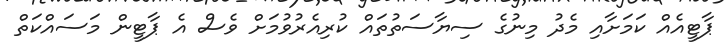
ޕާޓީއެއް ކަމަށާއި މެދު މިނުގެ ސިޔާސަތުތައް ކުރިއެރުވުމަށް ވެސް އެ ޕާޓީން މަސައްކަތް